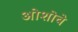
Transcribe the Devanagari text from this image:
ओशोचे